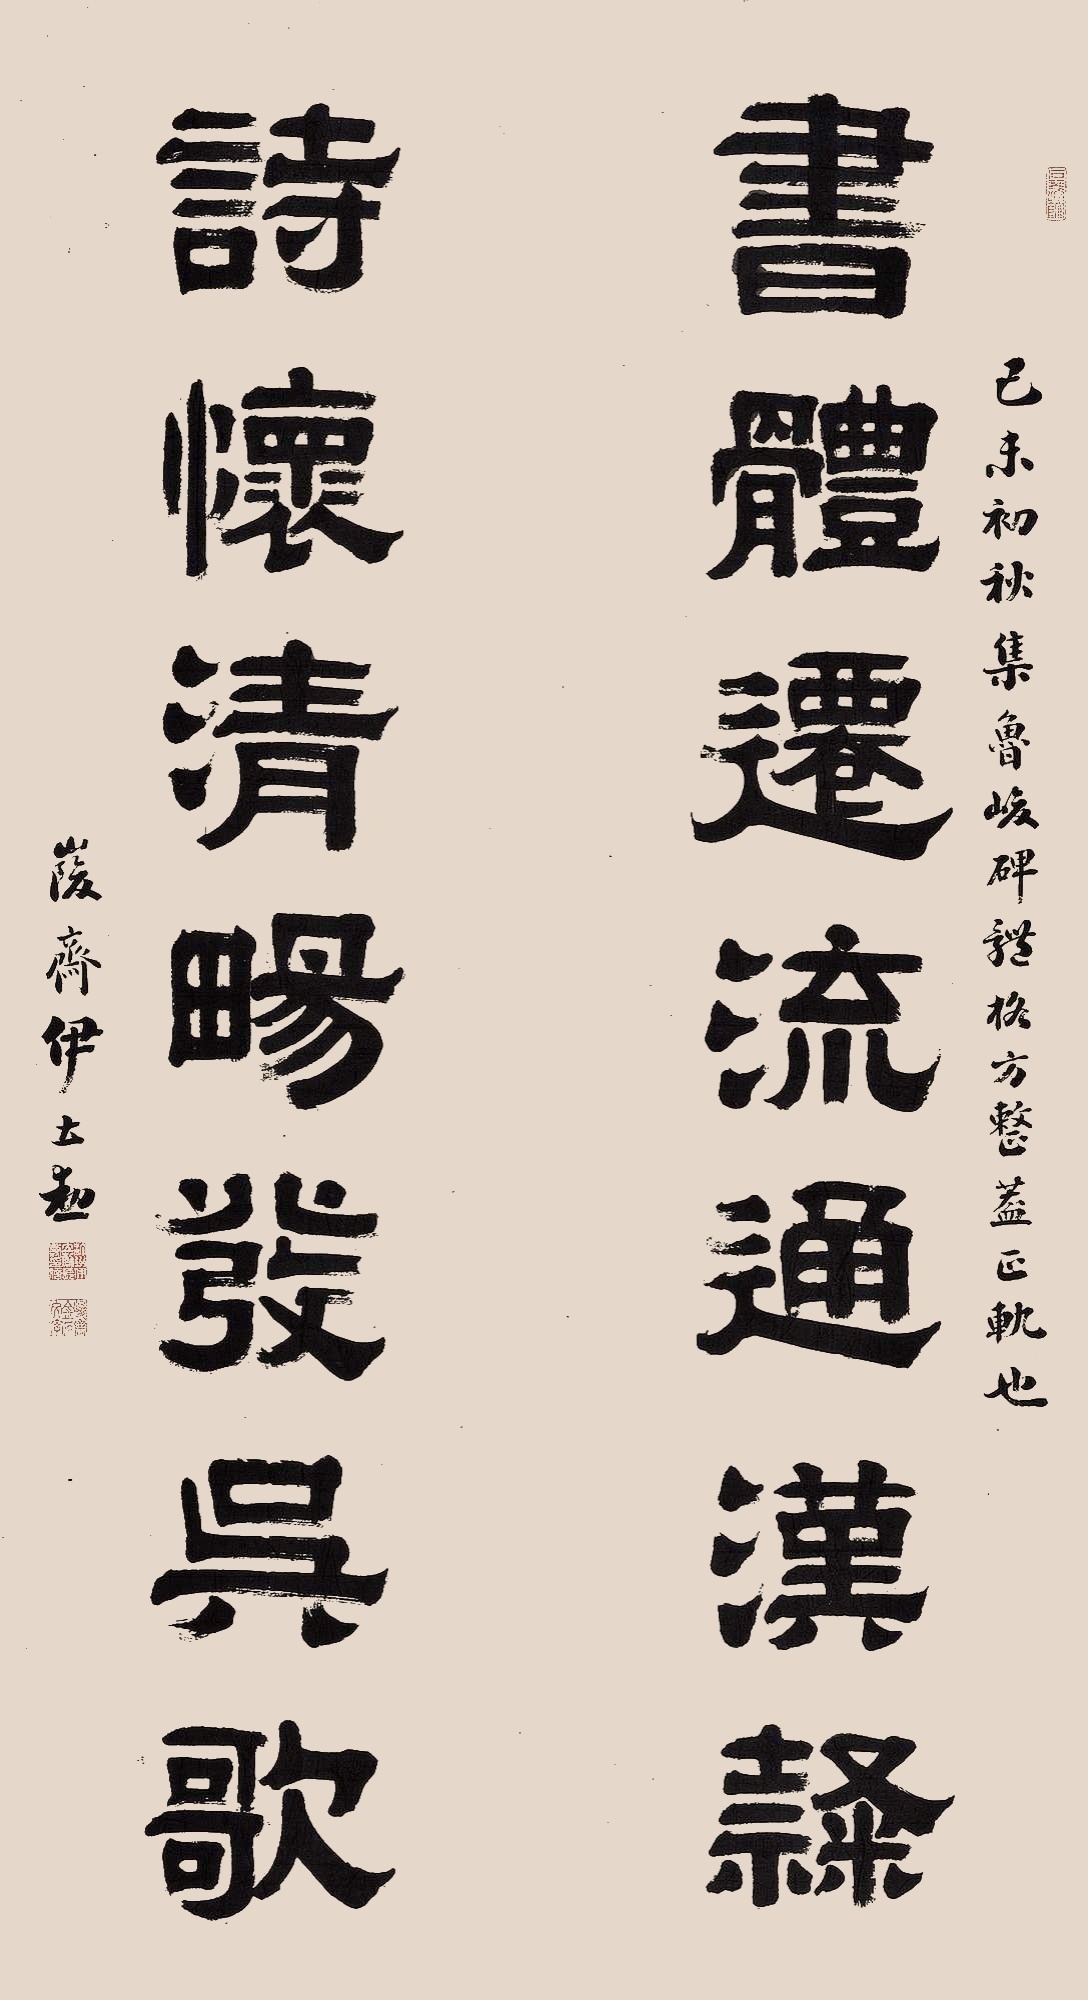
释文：书体迁流通汉隶，诗怀清畅发吴歌。己未初秋，集鲁峻碑体格方整益正轨也。峻斋伊立勋。